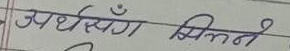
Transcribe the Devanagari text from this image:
अर्धसङ्ग मिल्ने